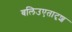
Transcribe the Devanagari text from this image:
बलिउएतादृश